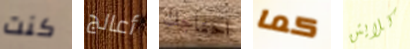
كنت أعالج احتاجك كما كلايتن